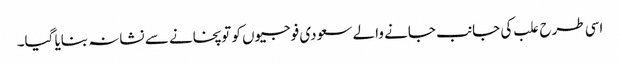
اسی طرح علب کی جانب جانے والے سعودی فوجیوں کو توپخانے سے نشانہ بنایا گیا۔